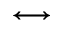
\longleftrightarrow